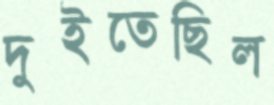
দুইতেছিল